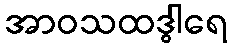
အာဝသထဒွါရေ